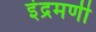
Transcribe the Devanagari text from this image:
इंद्रमणी